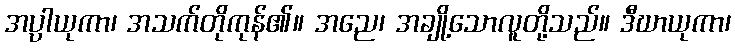
အပ္ပါယုကာ၊ အသက်တိုကုန်၏။ အညေ၊ အချို့သောလူတို့သည်။ ဒီဃာယုကာ၊